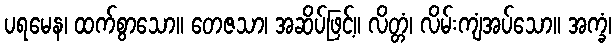
ပရမေန၊ ထက်စွာသော။ တေဇသာ၊ အဆိပ်ဖြင့်။ လိတ္တံ၊ လိမ်းကျံအပ်သော။ အက္ခံ၊